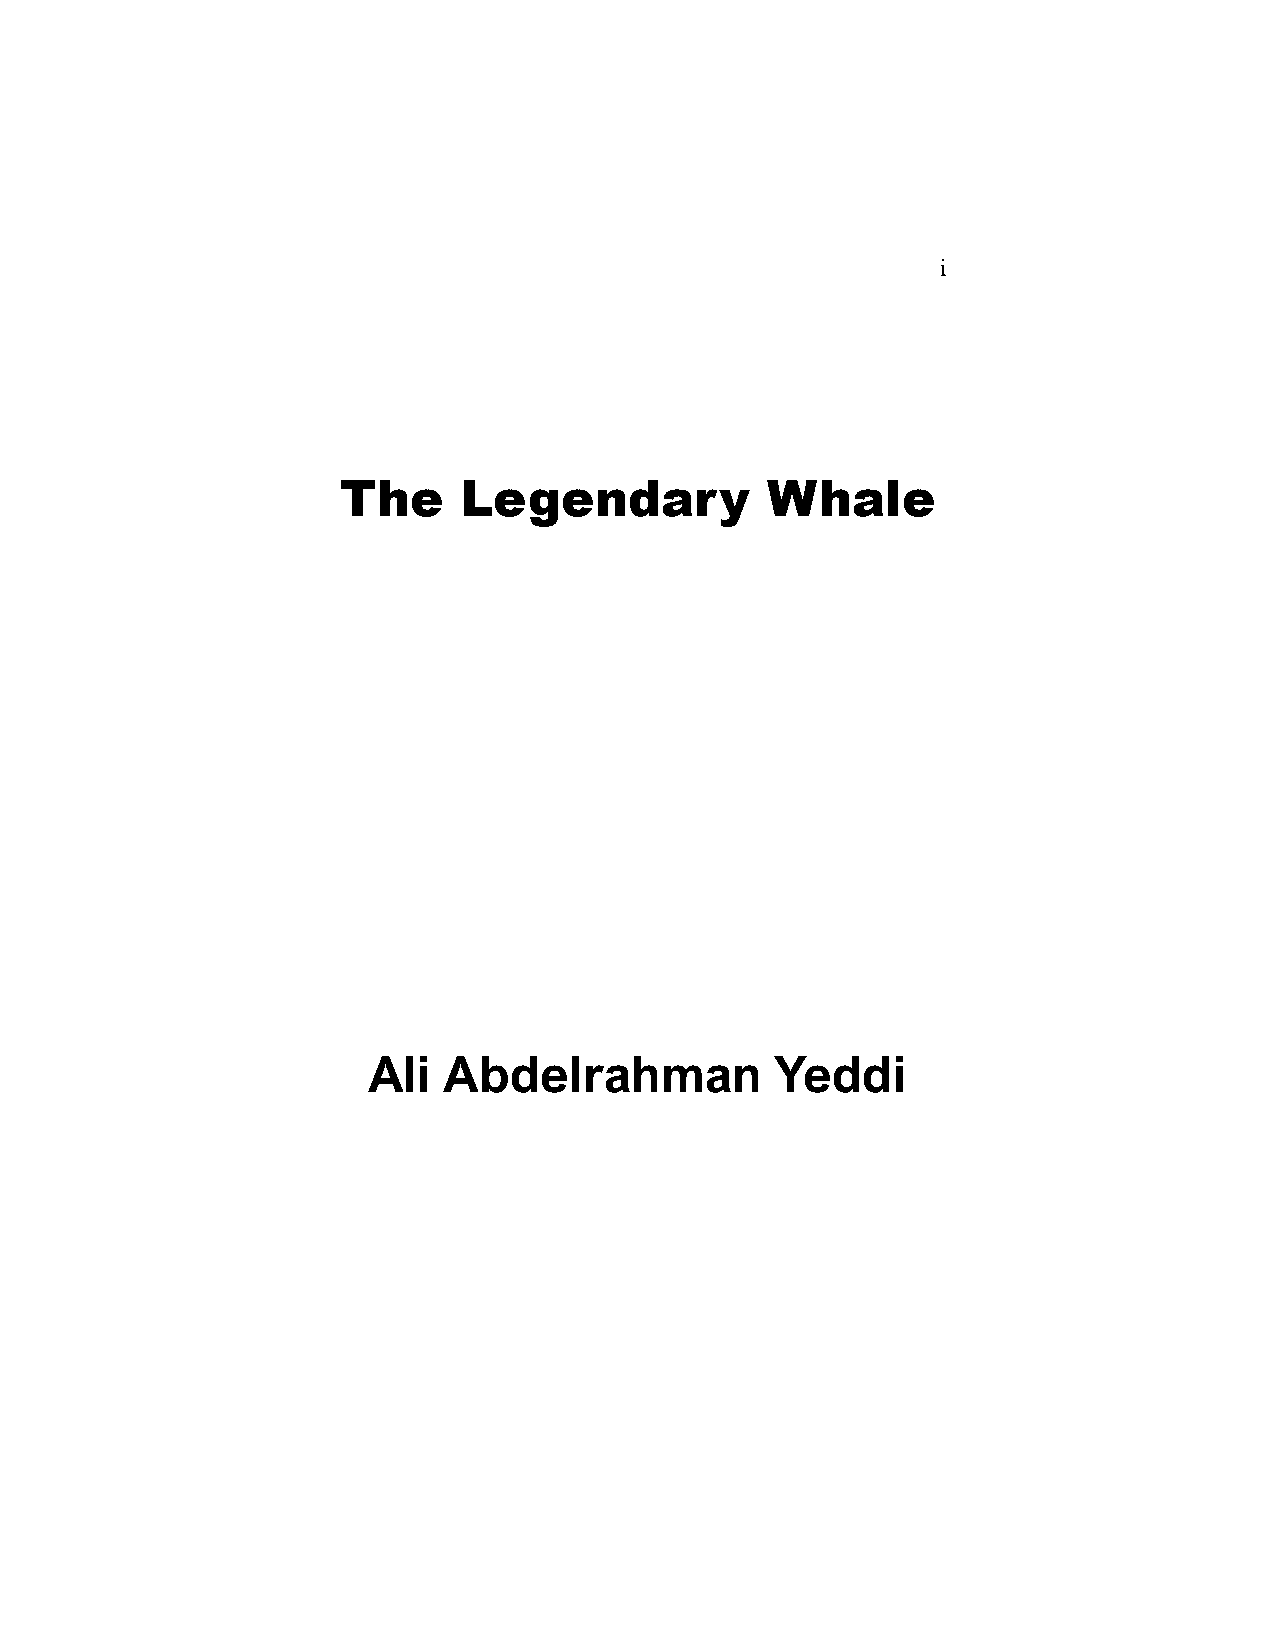
i
 The     Legendary            Whale
 Ali  Abdelrahman           Yeddi